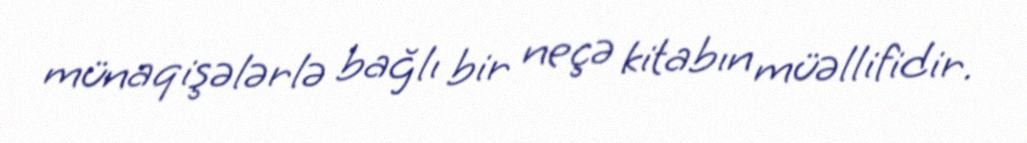
münaqişələrlə bağlı bir neçə kitabın müəllifidir.